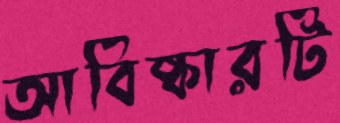
আবিষ্কারটি